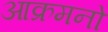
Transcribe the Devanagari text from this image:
आक्रमनो